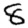
Digit: 8